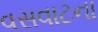
વસવાટના